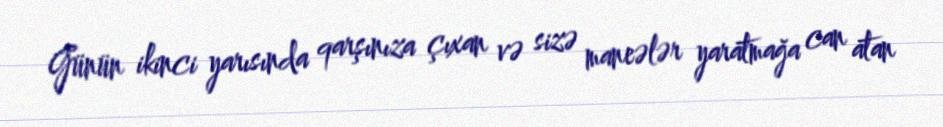
Günün ikinci yarısında qarşınıza çıxan və sizə maneələr yaratmağa can atan